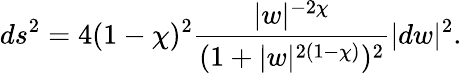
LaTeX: ds^{2}=4(1-\chi)^{2}\frac{|w|^{-2\chi}}{(1+|w|^{2(1-\chi)})^{2}}|dw|^{2}.